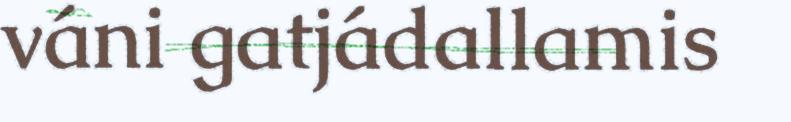
váni gatjádallamis